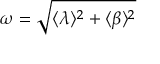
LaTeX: \omega = \sqrt { \langle \lambda \rangle ^ { 2 } + \langle \beta \rangle ^ { 2 } }